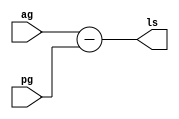
module loss(ag,pg,ls);
input signed[18:0] ag,pg;
output signed[18:0] ls;

assign ls = ag - pg;

endmodule